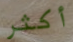
أكثر